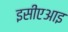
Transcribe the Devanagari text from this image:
इसीएआइ